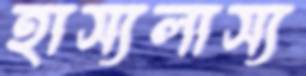
হাস্যলাস্য